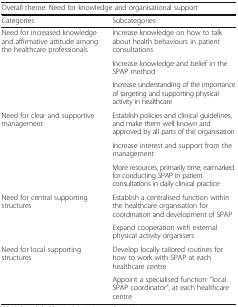
<table><thead><tr><td colspan="2"><b>Overall theme: Need for knowledge and organisational support</b></td></tr><tr><td><b>Categories</b></td><td><b>Subcategories</b></td></tr></thead><tbody><tr><td rowspan="3">Need for increased knowledge and affirmative attitude among the healthcare professionals</td><td>Increase knowledge on how to talk about health behaviours in patient consultations</td></tr><tr><td>Increase knowledge and belief in the SPAP method</td></tr><tr><td>Increase understanding of the importance of targeting and supporting physical activity in healthcare</td></tr><tr><td rowspan="3">Need for clear and supportive management</td><td>Establish policies and clinical guidelines, and make them well known and approved by all parts of the organisation</td></tr><tr><td>Increase interest and support from the management</td></tr><tr><td>More resources, primarily time, earmarked for conducting SPAP in patient consultations in daily clinical practice</td></tr><tr><td rowspan="2">Need for central supporting structures</td><td>Establish a centralised function within the healthcare organisation for coordination and development of SPAP</td></tr><tr><td>Expand cooperation with external physical activity organisers</td></tr><tr><td rowspan="2">Need for local supporting structures</td><td>Develop locally tailored routines for how to work with SPAP at each healthcare centre</td></tr><tr><td>Appoint a specialised function: “local SPAP coordinator”, at each healthcare centre</td></tr></tbody></table>